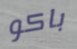
باكو